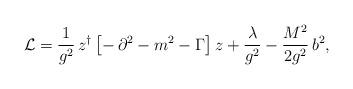
LaTeX: \begin{align*}{\cal L}=\frac{1}{g^2}\,z^\dagger\left[-\,\partial^2 -m^2-\Gamma\right]z+\frac{\lambda}{g^2}-\frac{M^2}{2g^2}\,b^2,\end{align*}